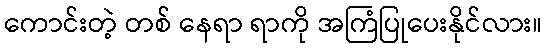
ကောင်းတဲ့ တစ် နေရာ ရာကို အကြံပြုပေးနိုင်လား။